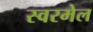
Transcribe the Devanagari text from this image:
स्वरमेल